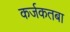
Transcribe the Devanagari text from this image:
कर्जकतबा